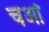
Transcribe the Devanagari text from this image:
चओ